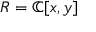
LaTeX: R = \mathbb { C } [ x , y ]